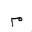
Letter: _mim